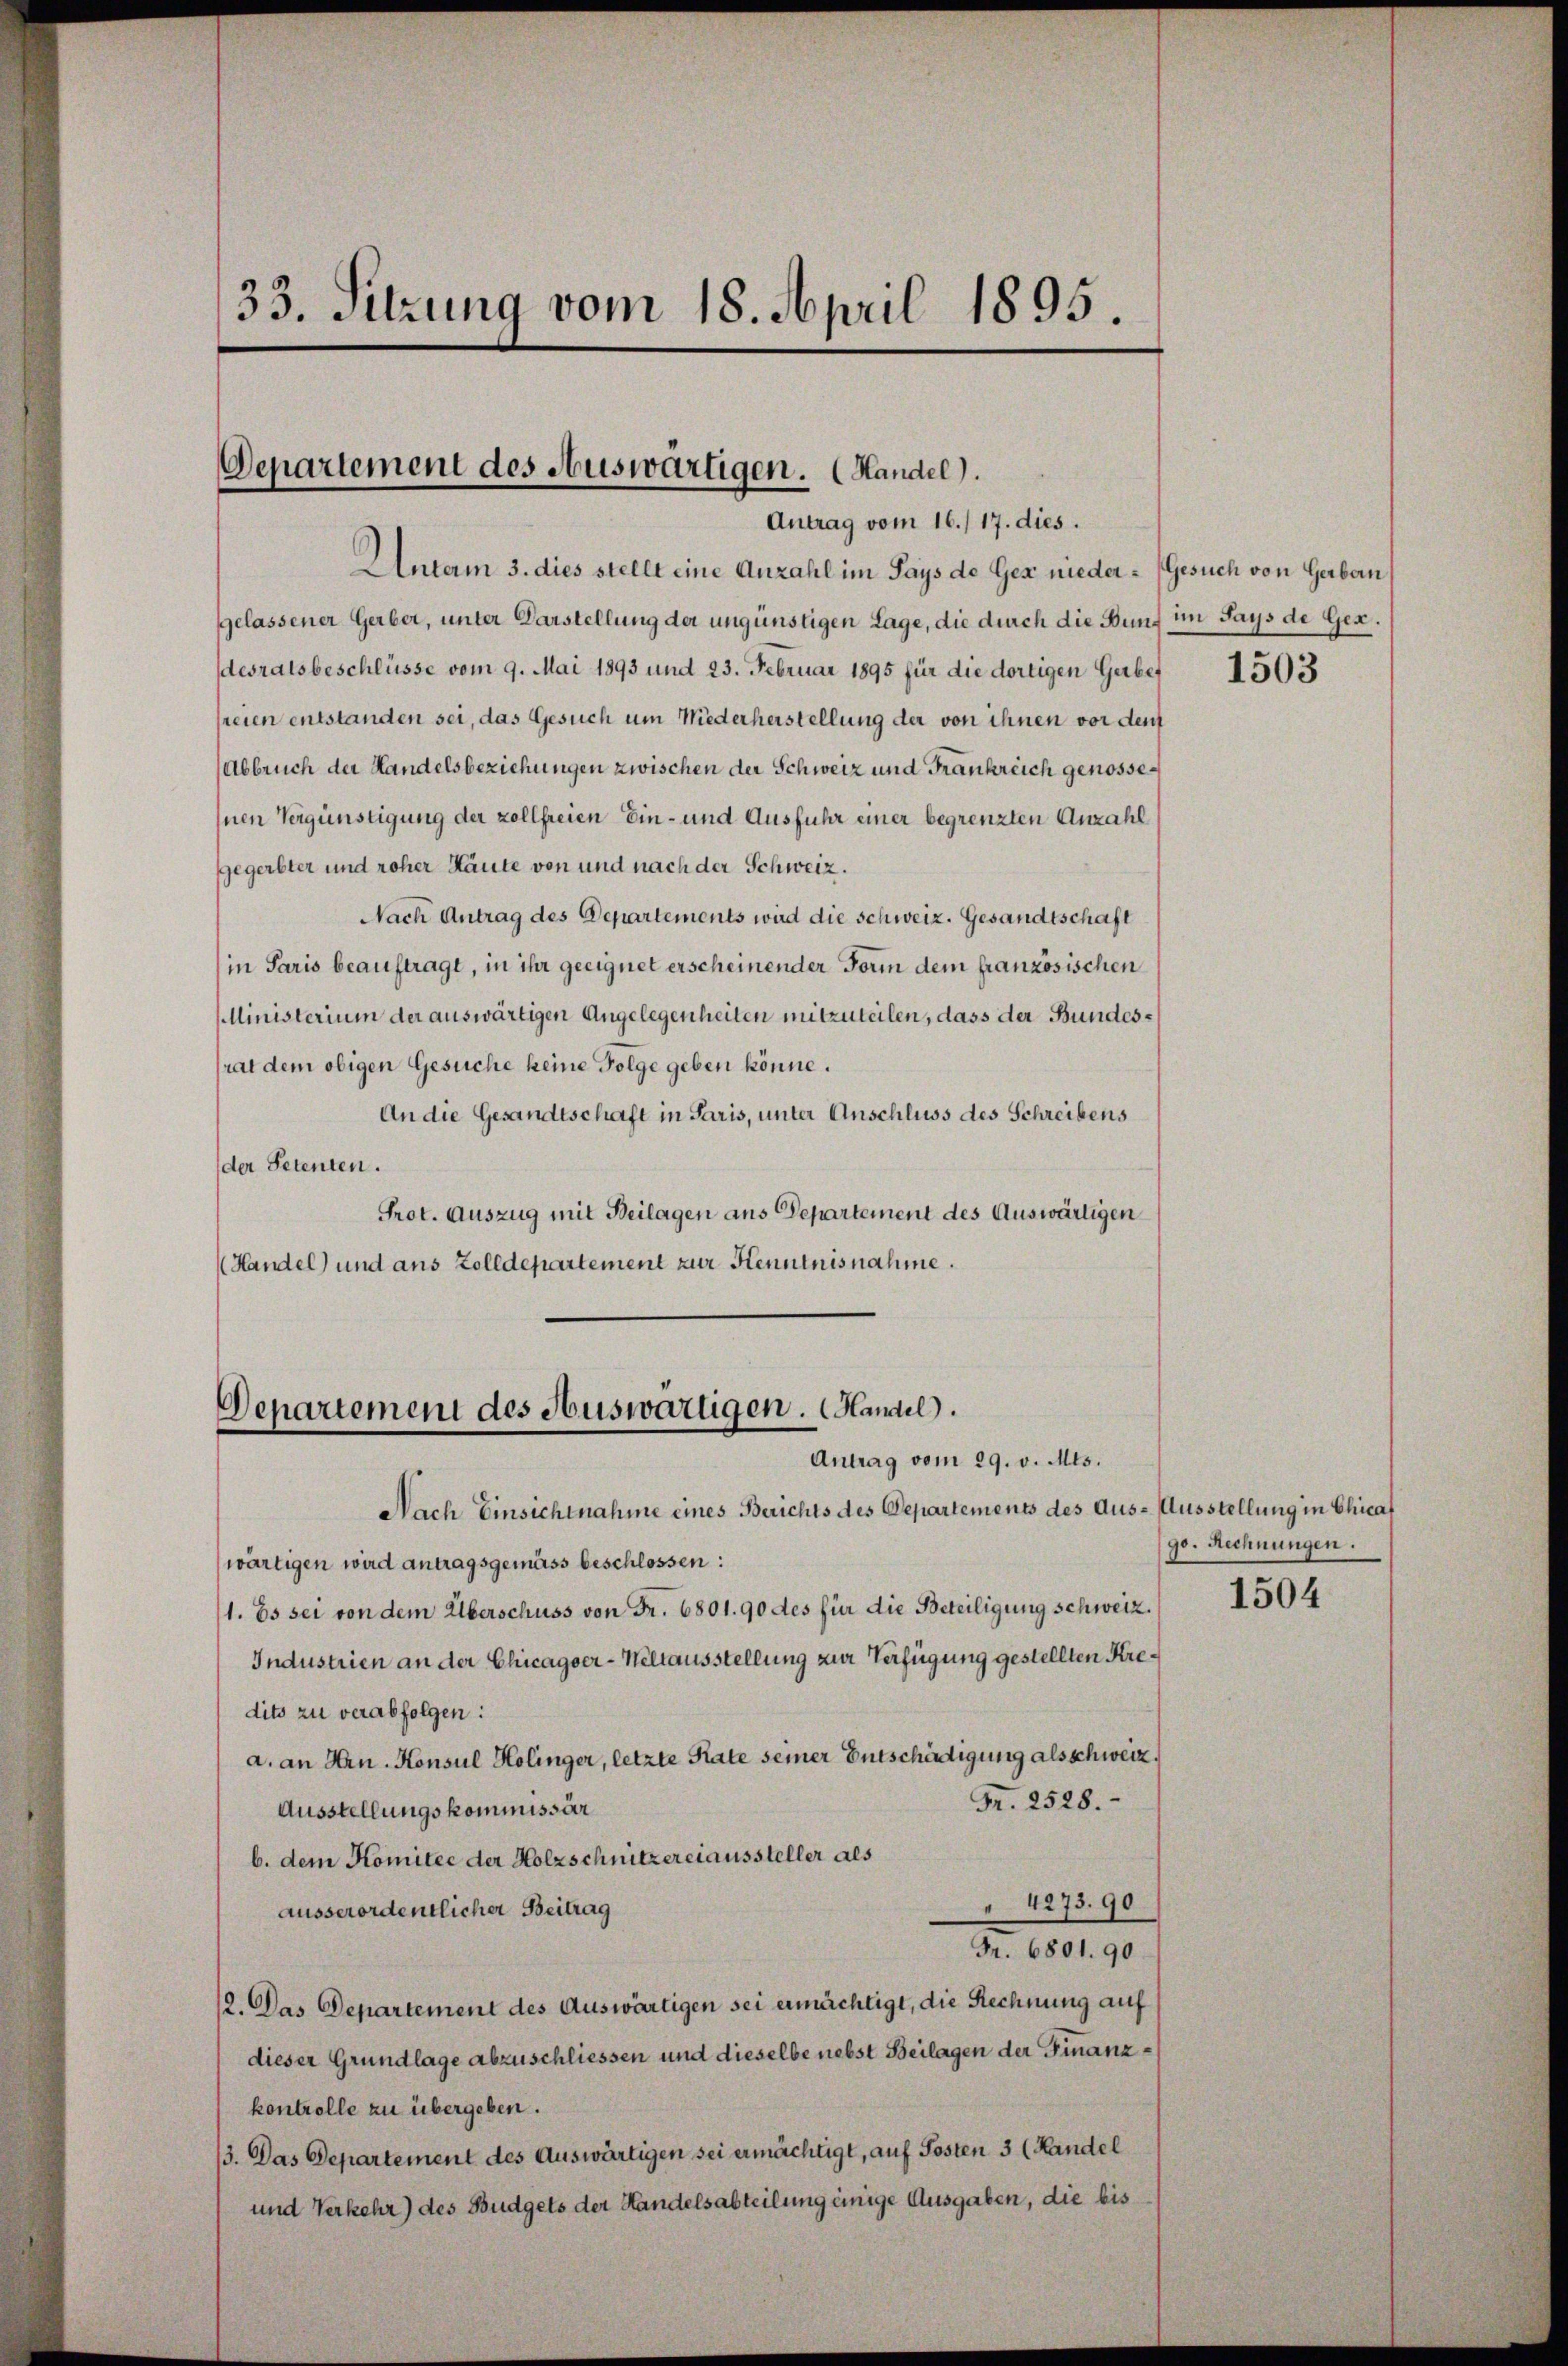
33. Sitzung vom 18. April 1895.

Autam 3. dies stellt eine Anzahl im Pays de Gex nieder- Gesuch von Gerben
gelassener Gerber, unter Darstellung der ungünstigen Lage, die durch die Bunf im Pays de Ges.
desratsbeschlüsse vom 9. Mai 1893 und 23. Februar 1895 für die dortigen Gerber
freien entstanden sei, das Gesuch um Niederherstellung der von ihnen vor den
Abbruch der Handelsbeziehungen zwischen der Schweiz und Frankreich genosse¬
Inen Vergünstigung der vollfreien Ein- und Ausfuhr einer begrenzten Anzahl
fegerbter und roher Haute von und nach der Schweiz.
Nach Antrag des Departements wird die Schweiz. Gesandtschaft
in Paris beauftragt, in ihr geeignet erscheinender Form dem französischen
Ministerium der auswärtigen Angelegenheiten mitzuteilen, dass der Bundesrat dem obigen Gesuche keine Folge geben könne.
An die Gesandtschaft in Paris, unter Anschluss des Schreibens
der Petenten.
Prot. Auszug mit Beilagen aus Departement des Auswärtigen
(Handel) und aus Zolldepartement zur Kenntnisnahme.

Departement des Auswärtigen. (Handel).
Antrag vom 16./17. dies.

Departement des Auswärtigen. Handel.
Antrag vom 29. v. Mts.

Nach Einsichtnahme eines Berichts des Departements des Aus- Ausstellung in Chicat
wärtigen wird antragsgemäss beschlossen:
1. Es sei von dem Überschuss von Fr. 6801. 90 des für die Beteiligung schweiz.
Industrien an der Chicagoer-Weltausstellung zur Verfügung gestellten Kredits zu verabfolgen:
a. an Hrn. Konsul Kolinger, letzte Rate seiner Entschädigung als schweiz.
Fr. 2528.
Ausstellungskommissär
b. dem Komitee der Holzschnitzereiaussteller als
 4273. 90
ausserordentlicher Beitrag
Fr. 6801. 90
12. Das Departement des Auswärtigen sei ermächtigt, die Rechnung auf
dieser Grundlage abzuschliessen und dieselbe nebst Beilagen der Finanzkontrolle zu übergeben.
13. Das Departement des Auswärtigen sei ermächtigt, auf Posten 3 (Handel
und Verkehr) des Budgets der Handelsabteilung einige Ausgaben, die bis

1503

go. Rechnungen.

1504